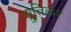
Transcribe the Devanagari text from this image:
श्रुतिकर